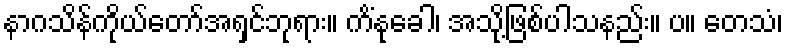
နာဂသိန်ကိုယ်တော်အရှင်ဘုရား။ ကိံနုခေါ၊ အသို့ဖြစ်ပါသနည်း။ ပ။ တေသံ၊